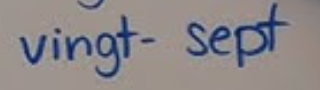
vingt-Sept